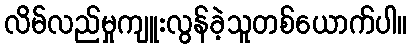
လိမ်လည်မှုကျူးလွန်ခဲ့သူတစ်ယောက်ပါ။